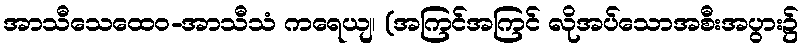
အာသီသေထေဝ-အာသီသံ ကရေယျ၊ (အကြင်အကြင် လိုအပ်သောအစီးအပွား၌